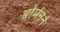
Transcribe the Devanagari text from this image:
बोर्मनने